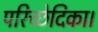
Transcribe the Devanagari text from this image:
परिच्छेदिका।